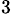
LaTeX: ^{3\, }